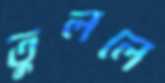
তুললে